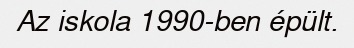
Az iskola 1990-ben épült.